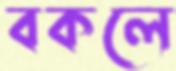
বকলে